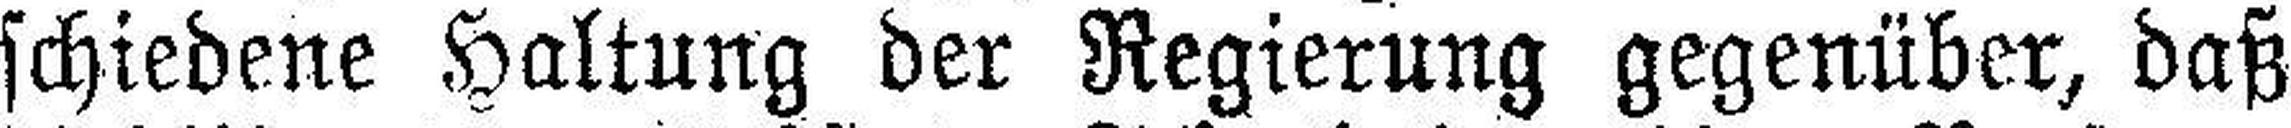
schiedene Haltung der Regierung gegenüber, daß